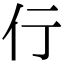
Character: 𬽣